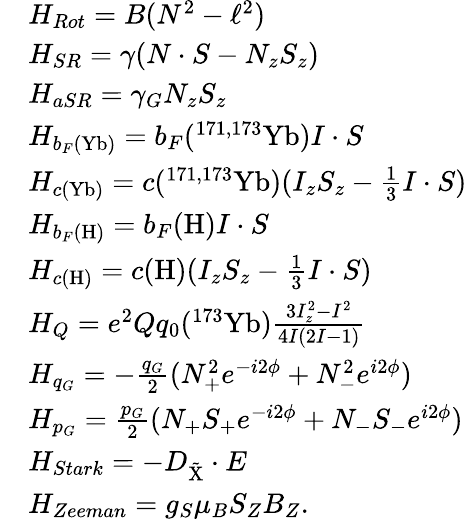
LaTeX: \begin{array}{rl}&{H_{Rot}=B(N^{2}-\ell^{2})}\\ &{H_{SR}=\gamma(N\cdot S-N_{z}S_{z})}\\ &{H_{aSR}=\gamma_{G}N_{z}S_{z}}\\ &{H_{b_{F}(\mathrm{Yb})}=b_{F}(^{171,173}\mathrm{Yb})I\cdot S}\\ &{H_{c(\mathrm{Yb})}=c(^{171,173}\mathrm{Yb})(I_{z}S_{z}-\frac{1}{3}I\cdot S)}\\ &{H_{b_{F}(\mathrm{H})}=b_{F}(\mathrm{H})I\cdot S}\\ &{H_{c(\mathrm{H})}=c(\mathrm{H})(I_{z}S_{z}-\frac{1}{3}I\cdot S)}\\ &{H_{Q}=e^{2}Qq_{0}(^{173}\mathrm{Yb})\frac{3I_{z}^{2}-I^{2}}{4I(2I-1)}}\\ &{H_{q_{G}}=-\frac{q_{G}}{2}(N_{+}^{2}e^{-i2\phi}+N_{-}^{2}e^{i2\phi})}\\ &{H_{p_{G}}=\frac{p_{G}}{2}(N_{+}S_{+}e^{-i2\phi}+N_{-}S_{-}e^{i2\phi})}\\ &{H_{Stark}=-D_{\mathrm{\tilde{X}}}\cdot E}\\ &{H_{Zeeman}=g_{S}\mu_{B}S_{Z}B_{Z}.}\end{array}